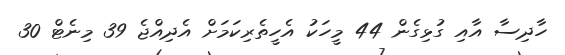
ހާދިސާ އާއި ގުޅިގެން 44 މީހަކު އެހީތެރިކަމަށް އެދިއްޖެ 39 މިނެޓް 30